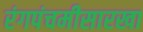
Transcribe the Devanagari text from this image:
रंगपंचमीसारखा